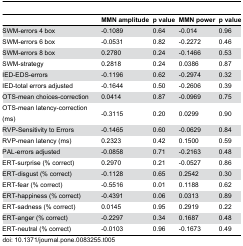
|  | MMN amplitude | p value | MMN power | p value |
 | --- | --- | --- | --- | --- |
 | SWM-errors 4 box | -0.1089 | 0.64 | -0.014 | 0.96 |
 | SWM-errors 6 box | -0.0531 | 0.82 | -0.2272 | 0.46 |
 | SWM-errors 8 box | 0.2780 | 0.24 | -0.1466 | 0.53 |
 | SWM-strategy | 0.2818 | 0.24 | 0.0386 | 0.87 |
 | IED-EDS-errors | -0.1196 | 0.62 | -0.2974 | 0.32 |
 | IED-total errors adjusted | -0.1644 | 0.50 | -0.2606 | 0.39 |
 | OTS-mean choices-correction | 0.0414 | 0.87 | -0.0969 | 0.75 |
 | OTS-mean latency-correction (ms) | -0.3115 | 0.20 | 0.0299 | 0.90 |
 | RVP-Sensitivity to Errors | -0.1465 | 0.60 | -0.0629 | 0.84 |
 | RVP-mean latency (ms) | 0.2323 | 0.42 | 0.1500 | 0.59 |
 | PAL-errors adjusted | -0.0858 | 0.71 | -0.2163 | 0.48 |
 | ERT-surprise (% correct) | 0.2970 | 0.21 | -0.0527 | 0.86 |
 | ERT-disgust (% correct) | -0.1128 | 0.65 | 0.2542 | 0.30 |
 | ERT-fear (% correct) | -0.5516 | 0.01 | 0.1188 | 0.62 |
 | ERT-happiness (% correct) | -0.4391 | 0.06 | 0.0313 | 0.89 |
 | ERT-sadness (% correct) | 0.0145 | 0.95 | 0.2919 | 0.22 |
 | ERT-anger (% correct) | -0.2297 | 0.34 | 0.1687 | 0.48 |
 | ERT-neutral (% correct) | -0.0103 | 0.96 | -0.1673 | 0.49 |